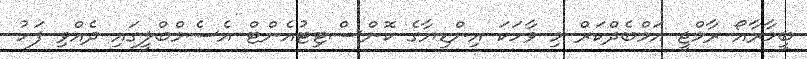
ބީމާރާއޯ ރާމްޖީ އަމްބެދްކަރް މި ވާހަކަ އިންޑިޔާގެ ކޮންސްޓިޓުއެންޓް އެސެމްބްލީގައި ދެއްވި ފަހު